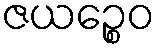
ဇယဉ္စေဝ